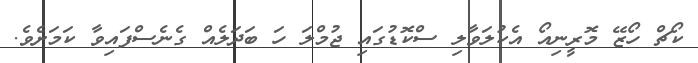
ކޯޗް ހޯޒޭ މޮރީނިއޯ އެކުލަވާލި ސްކޮޑުގައި ޖުމްލަ ހަ ބަދަލެއް ގެނެސްފައިވާ ކަމަށެވެ.